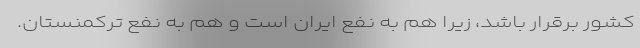
کشور برقرار باشد، زیرا هم به نفع ایران است و هم به نفع ترکمنستان.